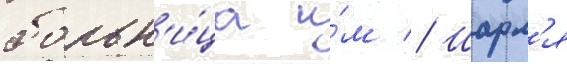
больн'и́ца и́м // Шарл'я